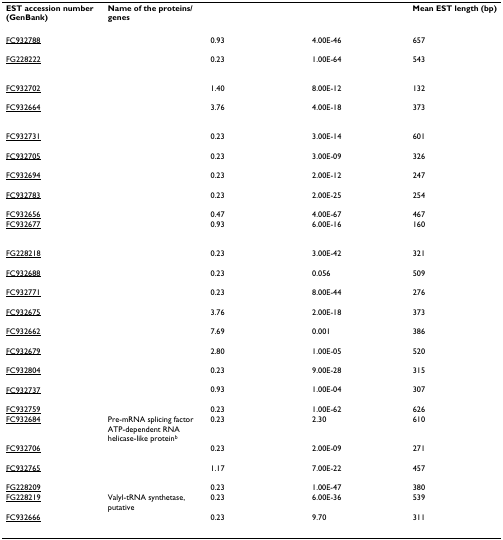
<table><thead><tr><td><b>EST accession number (GenBank)</b></td><td><b>Name of the proteins/genes</b></td><td>[EMPTY_CELL]</td><td>[EMPTY_CELL]</td><td><b>Mean EST length (bp)</b></td></tr></thead><tbody><tr><td>FC932788</td><td>[EMPTY_CELL]</td><td>0.93</td><td>4.00E-46</td><td>657</td></tr><tr><td>FG228222</td><td>[EMPTY_CELL]</td><td>0.23</td><td>1.00E-64</td><td>543</td></tr><tr><td>FC932702</td><td>[EMPTY_CELL]</td><td>1.40</td><td>8.00E-12</td><td>132</td></tr><tr><td>FC932664</td><td>[EMPTY_CELL]</td><td>3.76</td><td>4.00E-18</td><td>373</td></tr><tr><td>FC932731</td><td>[EMPTY_CELL]</td><td>0.23</td><td>3.00E-14</td><td>601</td></tr><tr><td>FC932705</td><td>[EMPTY_CELL]</td><td>0.23</td><td>3.00E-09</td><td>326</td></tr><tr><td>FC932694</td><td>[EMPTY_CELL]</td><td>0.23</td><td>2.00E-12</td><td>247</td></tr><tr><td>FC932783</td><td>[EMPTY_CELL]</td><td>0.23</td><td>2.00E-25</td><td>254</td></tr><tr><td>FC932656</td><td>[EMPTY_CELL]</td><td>0.47</td><td>4.00E-67</td><td>467</td></tr><tr><td>FC932677</td><td>[EMPTY_CELL]</td><td>0.93</td><td>6.00E-16</td><td>160</td></tr><tr><td>FG228218</td><td>[EMPTY_CELL]</td><td>0.23</td><td>3.00E-42</td><td>321</td></tr><tr><td>FC932688</td><td>[EMPTY_CELL]</td><td>0.23</td><td>0.056</td><td>509</td></tr><tr><td>FC932771</td><td>[EMPTY_CELL]</td><td>0.23</td><td>8.00E-44</td><td>276</td></tr><tr><td>FC932675</td><td>[EMPTY_CELL]</td><td>3.76</td><td>2.00E-18</td><td>373</td></tr><tr><td>FC932662</td><td>[EMPTY_CELL]</td><td>7.69</td><td>0.001</td><td>386</td></tr><tr><td>FC932679</td><td>[EMPTY_CELL]</td><td>2.80</td><td>1.00E-05</td><td>520</td></tr><tr><td>FC932804</td><td>[EMPTY_CELL]</td><td>0.23</td><td>9.00E-28</td><td>315</td></tr><tr><td>FC932737</td><td>[EMPTY_CELL]</td><td>0.93</td><td>1.00E-04</td><td>307</td></tr><tr><td>FC932759</td><td>[EMPTY_CELL]</td><td>0.23</td><td>1.00E-62</td><td>626</td></tr><tr><td>FC932684</td><td>Pre-mRNA splicing factor ATP-dependent RNA helicase-like protein<sup>b</sup></td><td>0.23</td><td>2.30</td><td>610</td></tr><tr><td>FC932706</td><td>[EMPTY_CELL]</td><td>0.23</td><td>2.00E-09</td><td>271</td></tr><tr><td>FC932765</td><td>[EMPTY_CELL]</td><td>1.17</td><td>7.00E-22</td><td>457</td></tr><tr><td>FG228209</td><td>[EMPTY_CELL]</td><td>0.23</td><td>1.00E-47</td><td>380</td></tr><tr><td>FG228219</td><td>Valyl-tRNA synthetase, putative</td><td>0.23</td><td>6.00E-36</td><td>539</td></tr><tr><td>FC932666</td><td>[EMPTY_CELL]</td><td>0.23</td><td>9.70</td><td>311</td></tr></tbody></table>